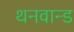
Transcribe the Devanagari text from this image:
थनवान्ड